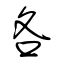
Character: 各